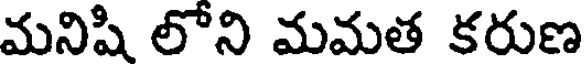
మనిషి లోని మమత కరుణ